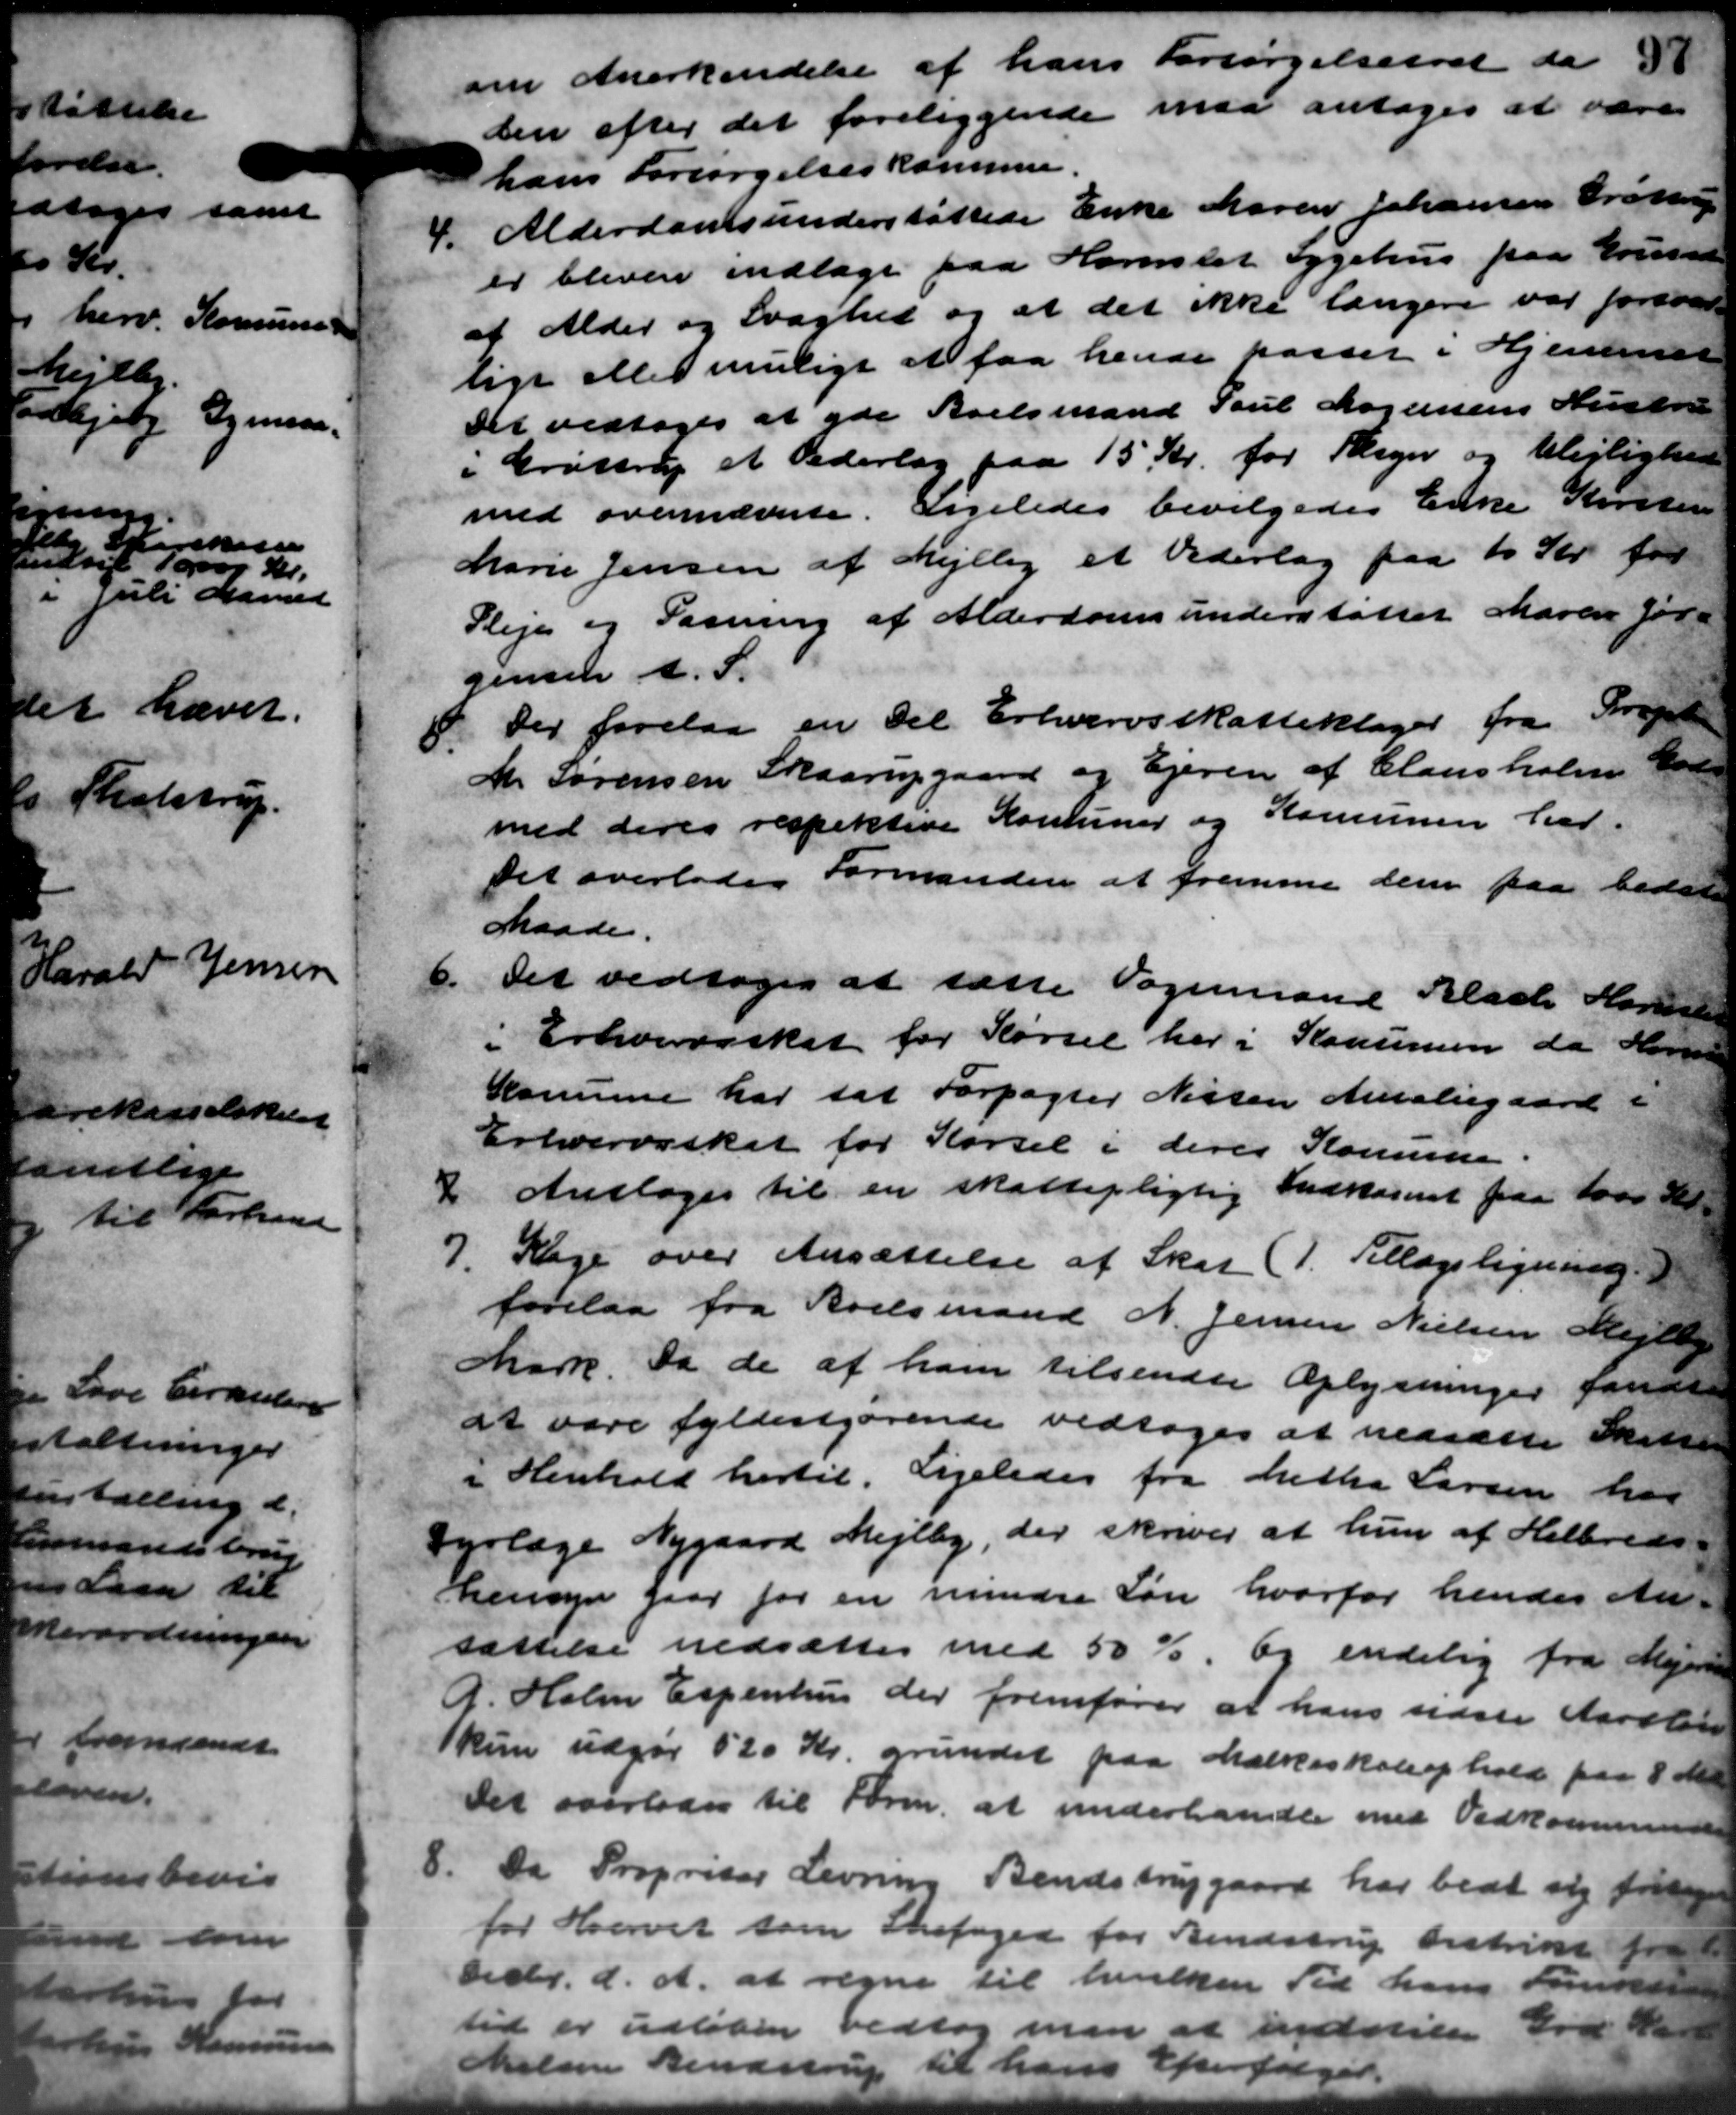
Transskription:
om Anerkendelse af hans Forsørgelsesret da t
den efter det foreliggende maa antoges at være
hans Forsørgelseskommune.
4.
Alderdomsunderstøttede Enke Maren Johansen Grøttrup
er bleven indtage paa Hornslet Sygehus paa Grund
af Alder og Svaghed og at det ikke længere var forsvar
lige eller muligt at faa hende kasser i Hjemmer
Det vedtoges at yde Arelsmand Poul Logensens Histor
"Grøstrup et Pederlag paa 15 Kr. for Reger og Ulejlighed
med ovennævnte. Ligeledes bevilgedes Enke Krister
Marie Jensen af Mejlby et Vederlag paa 10 Kr. for
Pleje og Pasning af Alderdomsunderstøtter Maren Jør-
Jensen A. S.
5.
Der forelaa en til Erhvervsskatteklager fra Svaged
M. Sørensen Skaarupgaard og Ejeren af Clausholm Mod-
med deres respektive Komuner og Kommunen her.
Det overlades Formanden at fremme dem paa betale
Maade.
6.
Det vedtoges at sætte Vognmraad Blade Konsen
i Erhvervsskat for Kørsel her i Komunen da Hoved
Komune har sat Forpagter Nissen Metaliegaard i
Erhvervsskat for Kørsel i deres Komune
7.
Anstages til en skattepligtig Indkaseret paa tors S
Klage over Ansættelse af Skat (1. Tillægsligning.
forelaa fra Boelsmand N. Jensen Nielsen Mejlby
Mark. Da de af ham tilsendte Oplysninger fandte
at være fyldestgørende vedtoges at nedsætte Skatte
i Henhold hertil. Ligeledes fra Metha Larsen har
Dyrlæge Nygaard Mejlby, der skrives at hun af Helbreds-
hensyn gaar for en mindre Løn hvorfor hendes An-
sættelse nedsættes med 50 % og endelig fra Mejerin
G. Holm Espenhus der fremfører at hans sidste Aarsløv
kun udgør 520 Kr. grundet paa Mælkeskoleophold paa 8 M
Det overlodes til Form. at underhandle med Vedkommende
8.
Da Propriser Levring Bendstrupgaard har bedt sig fortage
for Hvervet som Snefoged for Bendstrup Distrikt fra
Decbr. d. A. at regne til hvilken Tid hans Funda
tid er udløben vedtog man at indstiler Grd Ha
Nielsen Bendstrup til hans Efterfølger.